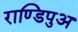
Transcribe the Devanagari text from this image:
राण्डिपुअ